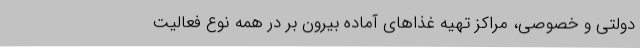
دولتی و خصوصی، مراکز تهیه غذاهای آماده بیرون بر در همه نوع فعالیت